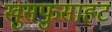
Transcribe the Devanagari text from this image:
खुसफुसाहट